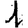
Digit: 1